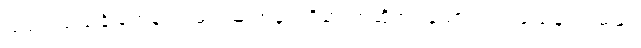
သမဝါယသင်္ခါတေန၊ သမဝါယ အနက်ရှိ၏ ဟုဆိုအပ်သော။ သမယေန၊ သမယ၊